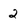
Character: 2